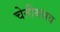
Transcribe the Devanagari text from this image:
चेतीयत्तव